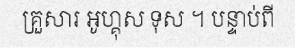
គ្រួសារ អូហ្គុស ទុស ។ បន្ទាប់ពី